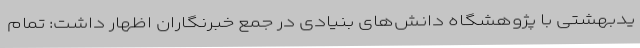
یدبهشتی با پژوهشگاه دانش‌های بنیادی در جمع خبرنگاران اظهار داشت: تمام